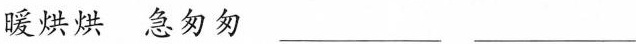
暖烘烘急匆匆___ ___